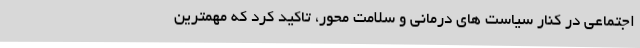
اجتماعی در کنار سیاست های درمانی و سلامت محور، تاکید کرد که مهمترین